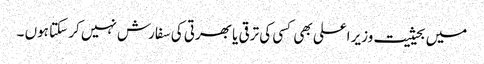
میں بحیثیت وزیر اعلی بھی کسی کی ترقی یا بھرتی کی سفارش نہیں کر سکتا ہوں ۔